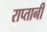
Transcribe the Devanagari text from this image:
राप्तानी